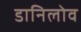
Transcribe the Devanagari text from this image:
डानिलोव